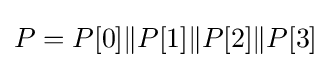
P=P[0]\|P[1]\|P[2]\|P[3]